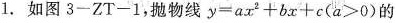
1.如图3-ZT-1，抛物线$$ y = ax^{2} + bx + c (a>0) $$的